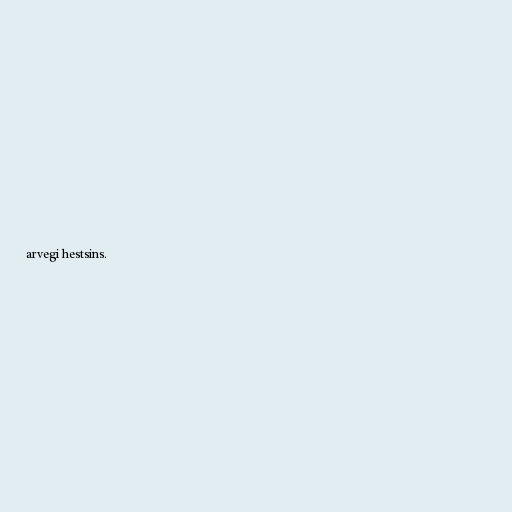
arvegi hestsins.